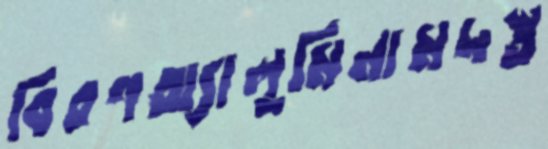
বিরণঅ্যালুমিনামদস্ত